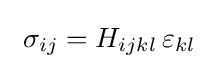
\,\,\sigma _{ij}=H_{ijkl}\,\varepsilon _{kl}